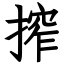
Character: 搾